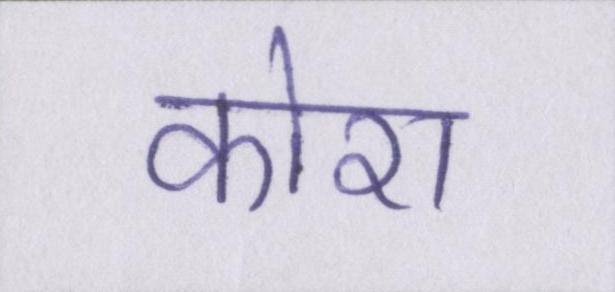
कोरा